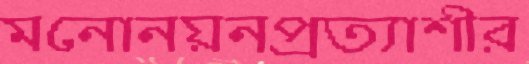
মনোনয়নপ্রত্যাশীর